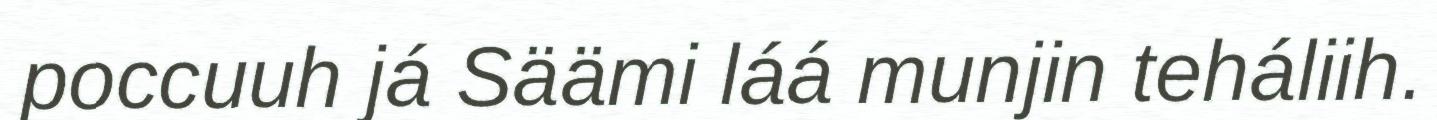
poccuuh já Säämi láá munjin teháliih.